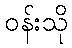
ဝန်းသို